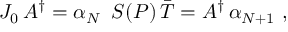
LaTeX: J _ { 0 } \, A ^ { \dagger } = \alpha _ { N } \, \, \, S ( P ) \, \bar { T } = A ^ { \dagger } \, \alpha _ { N + 1 } \, \, ,